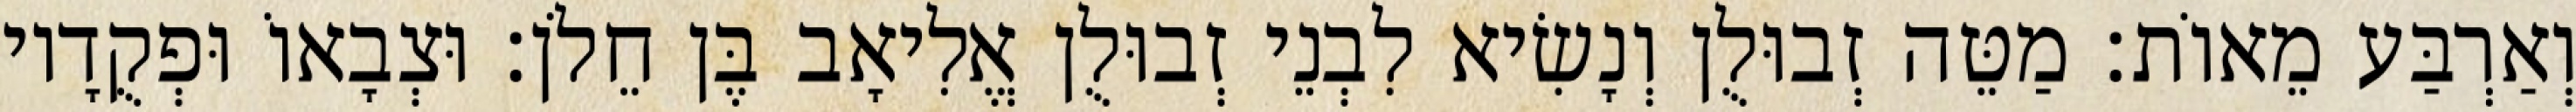
וְאַרְבַּע מֵאוֹת׃ מַטֵּה זְבוּלֻן וְנָשִׂיא לִבְנֵי זְבוּלֻן אֱלִיאָב בֶּן חֵלֹן׃ וּצְבָאוֹ וּפְקֻדָיו